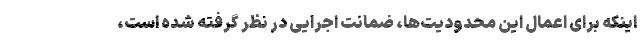
اینکه برای اعمال این محدودیت‌ها، ضمانت اجرایی در نظر گرفته شده است،